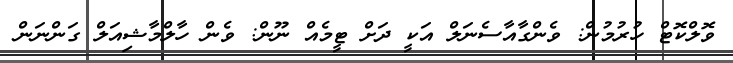
ވޮލްކޮޓް ހުރުމުން: ވެންގާއާސެނަލް އަކީ ދަށް ޓީމެއް ނޫން: ވެން ހާލްމާޝިއަލް ގަންނަން